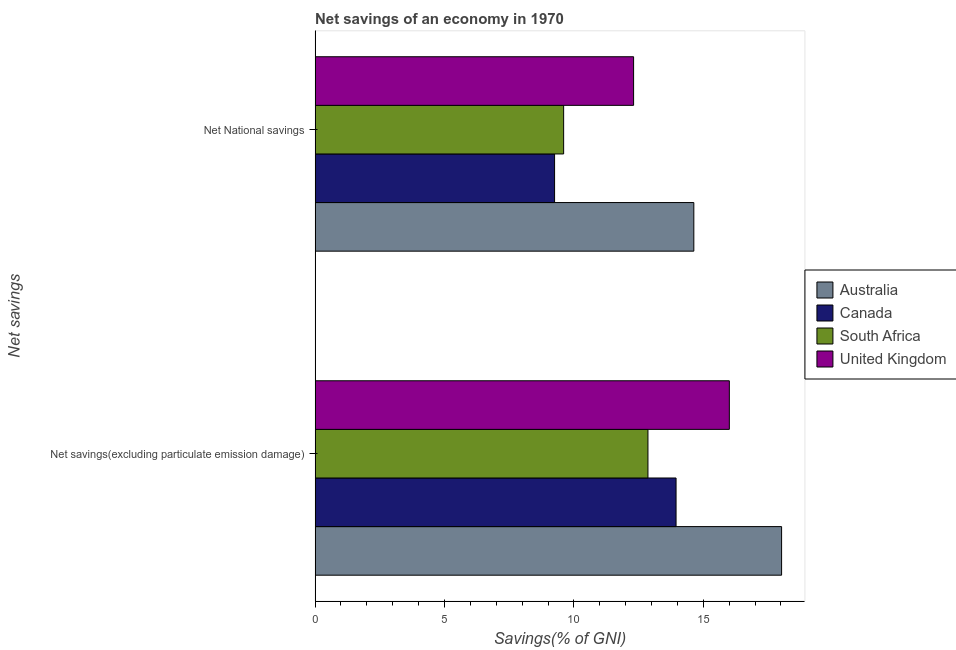
| Net savings | Australia | Canada | South Africa | United Kingdom |
 | --- | --- | --- | --- | --- |
 | Net savings(excluding particulate emission damage) | 18 | 13.9 | 12.9 | 16 |
 | Net National savings | 14.6 | 9.25 | 9.6 | 12.3 |